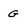
Character: G